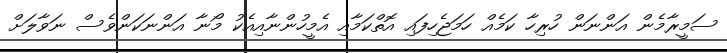
ސަމީރާމެން އަންނަން ހުރިހާ ކަމެއް ހަމަޖެހިފައި އޮތްކަމާއި އެމީހުންނާއިއެކު މޯނާ އަންނަކަންވެސް ނަވާލަށް